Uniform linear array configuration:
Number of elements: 8
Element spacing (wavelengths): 0.5
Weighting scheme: kaiser
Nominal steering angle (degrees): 60
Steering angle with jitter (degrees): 59.651
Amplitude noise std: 0.05
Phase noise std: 0.05

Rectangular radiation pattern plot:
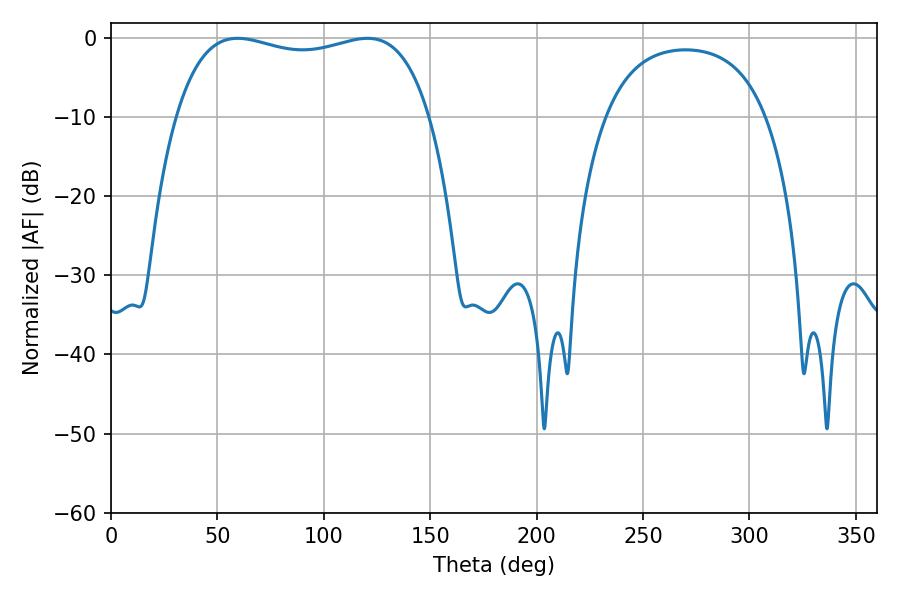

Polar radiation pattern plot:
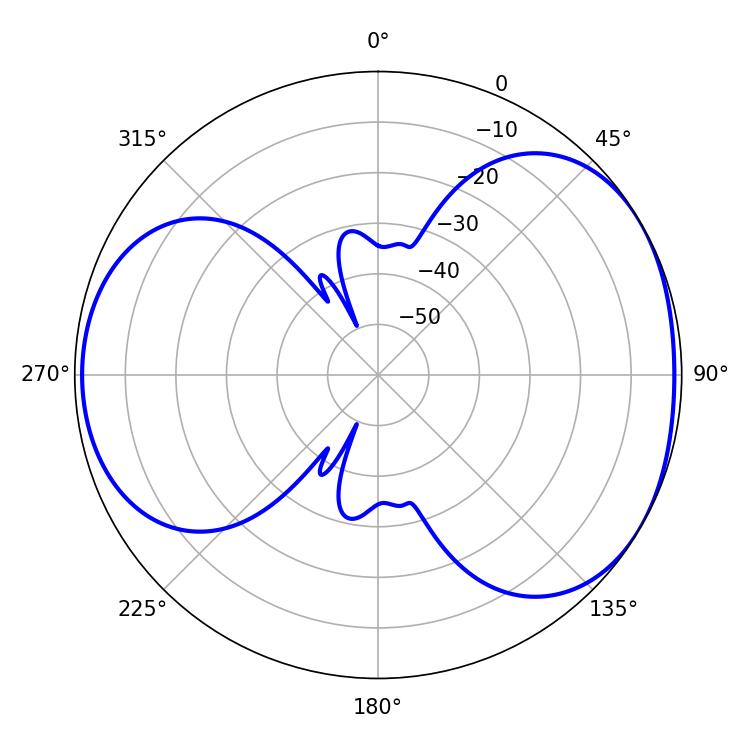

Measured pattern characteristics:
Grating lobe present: FALSE
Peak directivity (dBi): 4.449
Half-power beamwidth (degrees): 96.84
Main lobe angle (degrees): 59.58